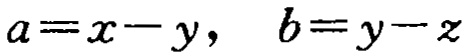
\(a=x - y,\ \ b=y - z\)